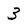
Character: 3